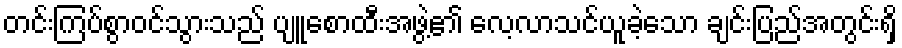
တင်းကြပ်စွာဝင်သွားသည် ပျူစောထီးအဖွဲ့၏ လေ့လာသင်ယူခဲ့သော ချင်းပြည်အတွင်းရှိ